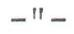
-"-